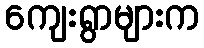
ကျေးရွာများက